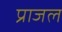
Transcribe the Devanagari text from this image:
प्राजल